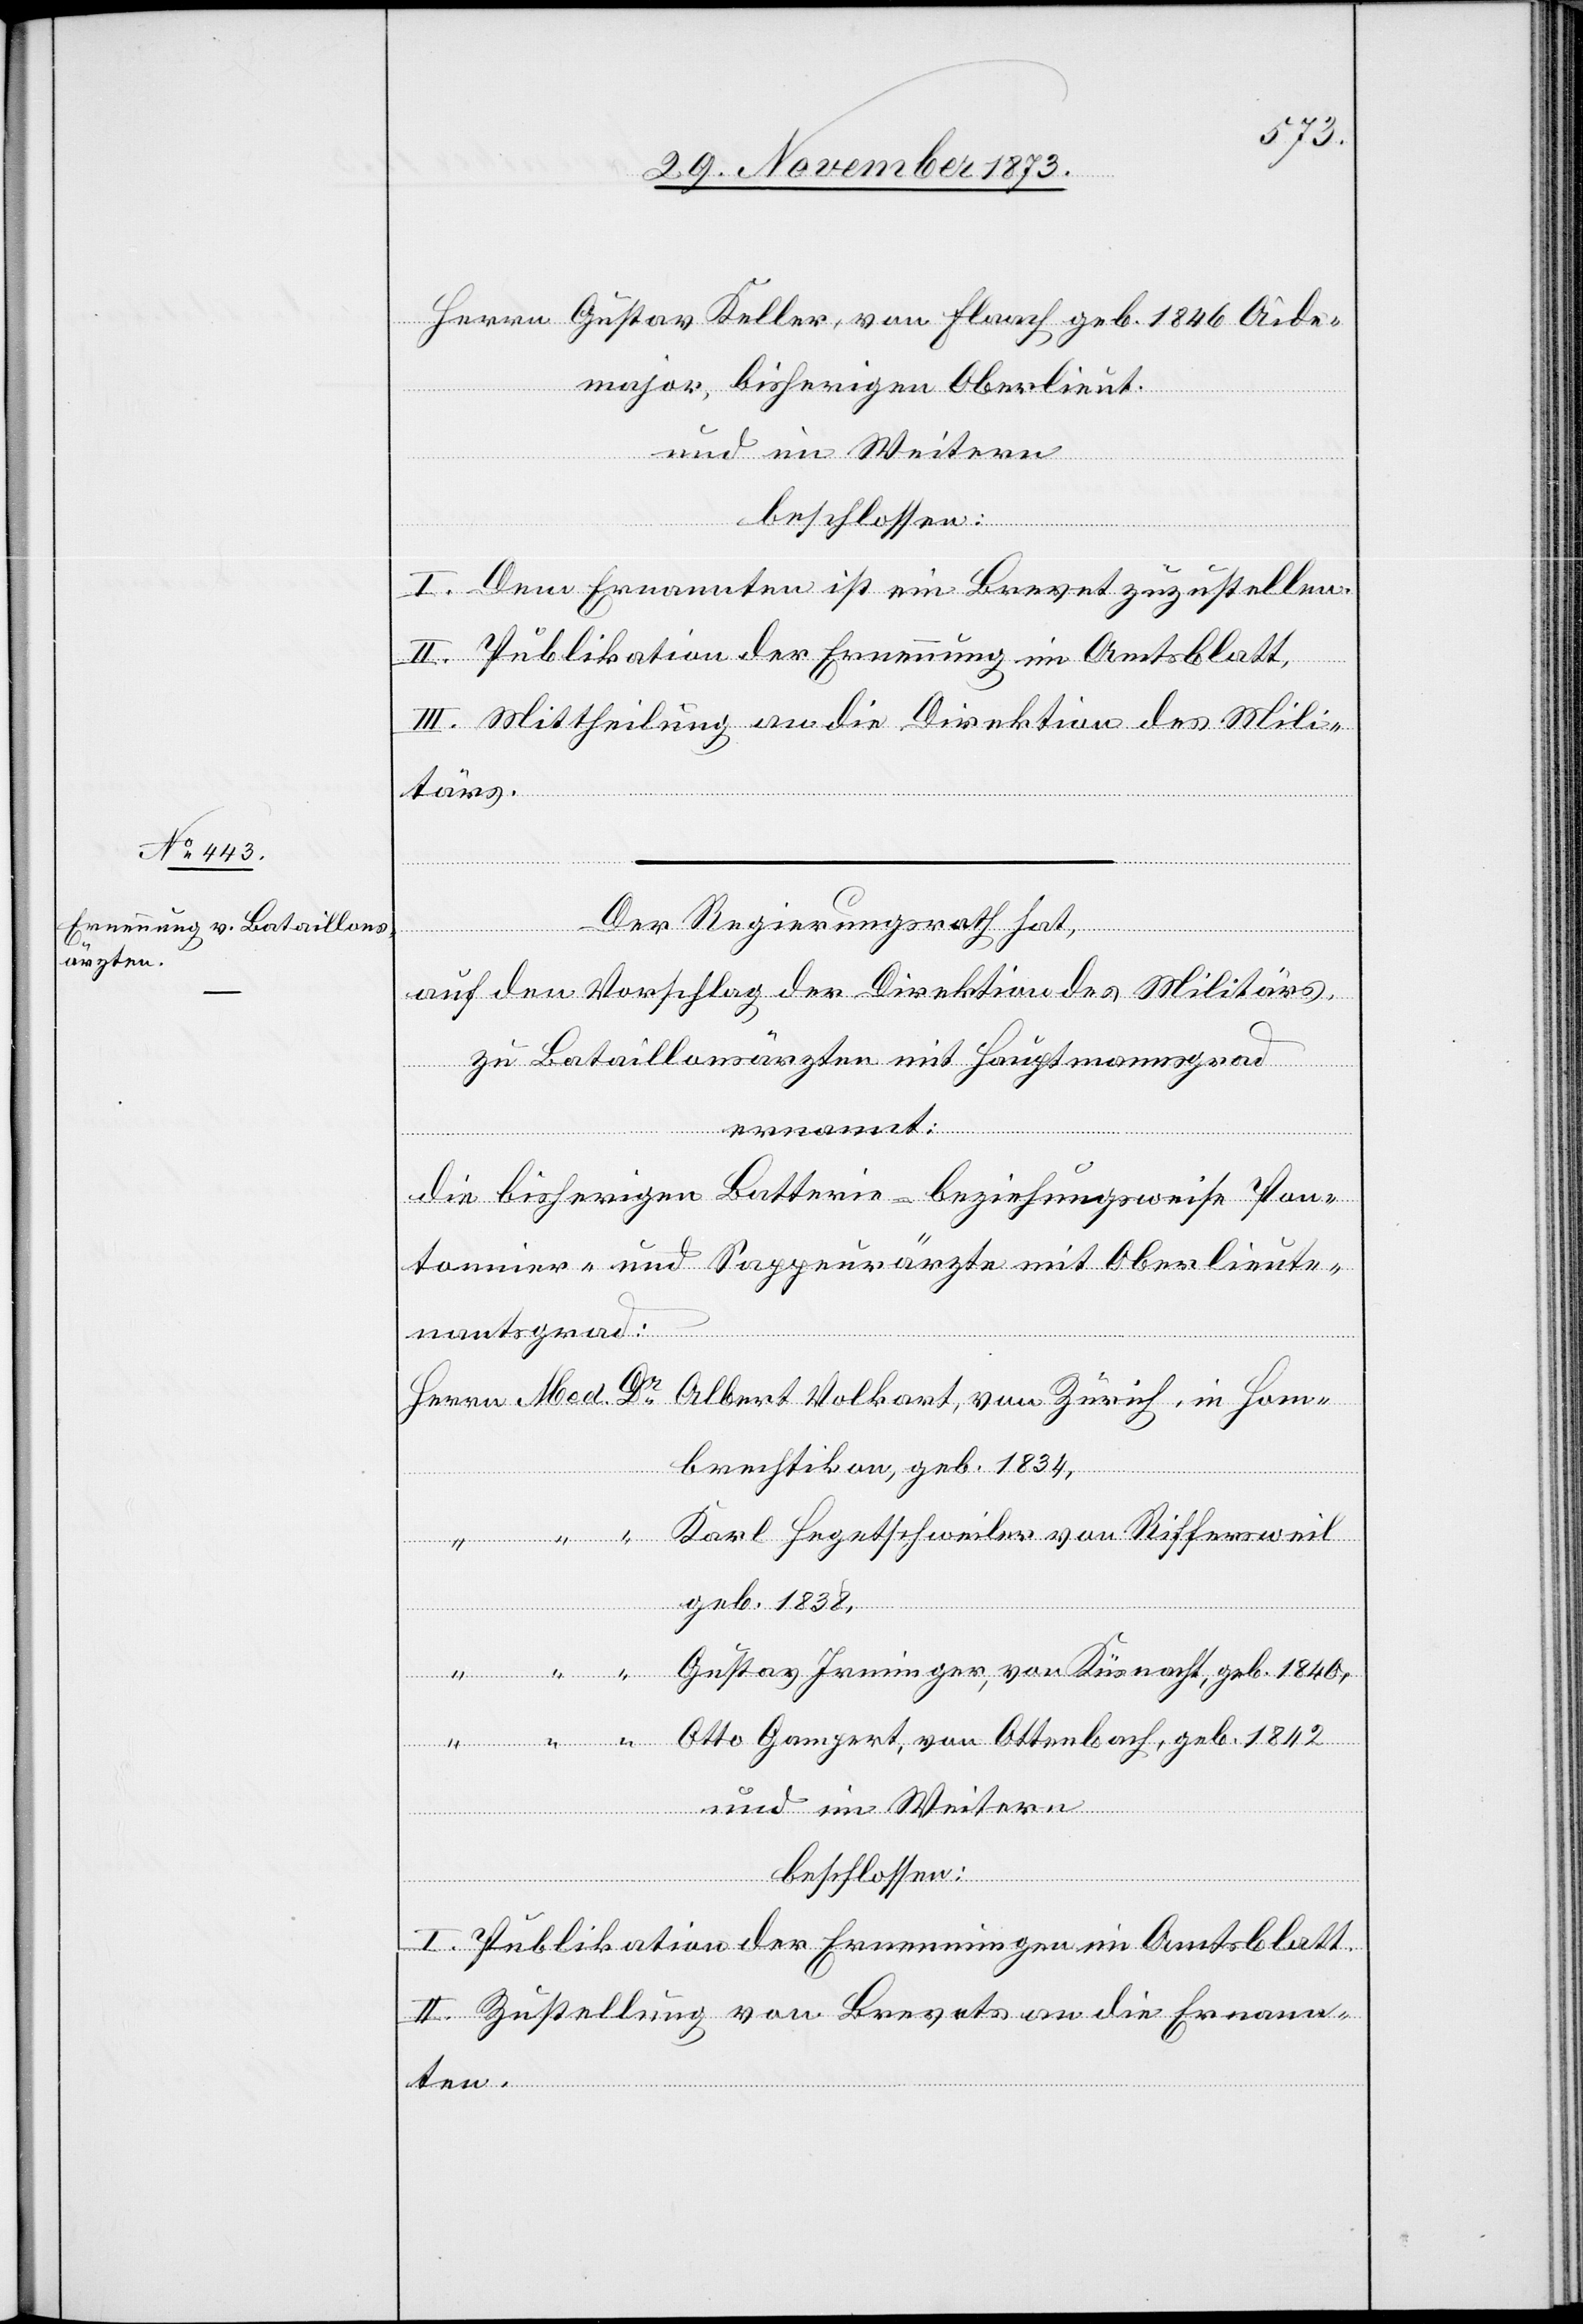
Herrn Gustav Keller, von Flaach geb. 1846 Aide¬
Med.
major, bisherigen Oberlieut.
und im Weitern
beschlossen:
I. Dem Ernannten ist ein Brevet zuzustellen.
II. Publikation der Ernennung im Amtsblatt,
Dr
III. Mittheilung an die Direktion des Mili¬
Albert Volkart, von Zürich, in Hom¬
tärs.
Der Regierungsrath hat,
auf den Vorschlag der Direktion des Militärs,
zu Bataillonsärzten mit Hauptmannsgrad
ernannt:
die bisherigen Batterie- beziehungsweise Pon¬
tonnier- und Sappeurärzte mit Oberlieute¬
nantsgrad:
brechtikon, geb. 1834,
Karl Hegetschweiler von Riffersweil
geb. 1838,
Gustav Irminger, von Küsnacht, geb. 1840,
Otto Gampert, von Ottenbach, geb. 1842
und im Weitern
beschlossen:
I. Publikation der Ernennungen im Amtsblatt.
II. Zustellung von Brevets an die Ernann¬
ten.